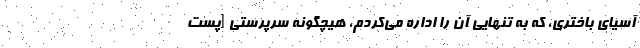
آسیای باختری، که به تنهایی آن را اداره می‌کردم، هیچگونه سرپرستی [پست